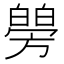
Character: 𤾜